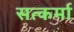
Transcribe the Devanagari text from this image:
सत्कर्मा